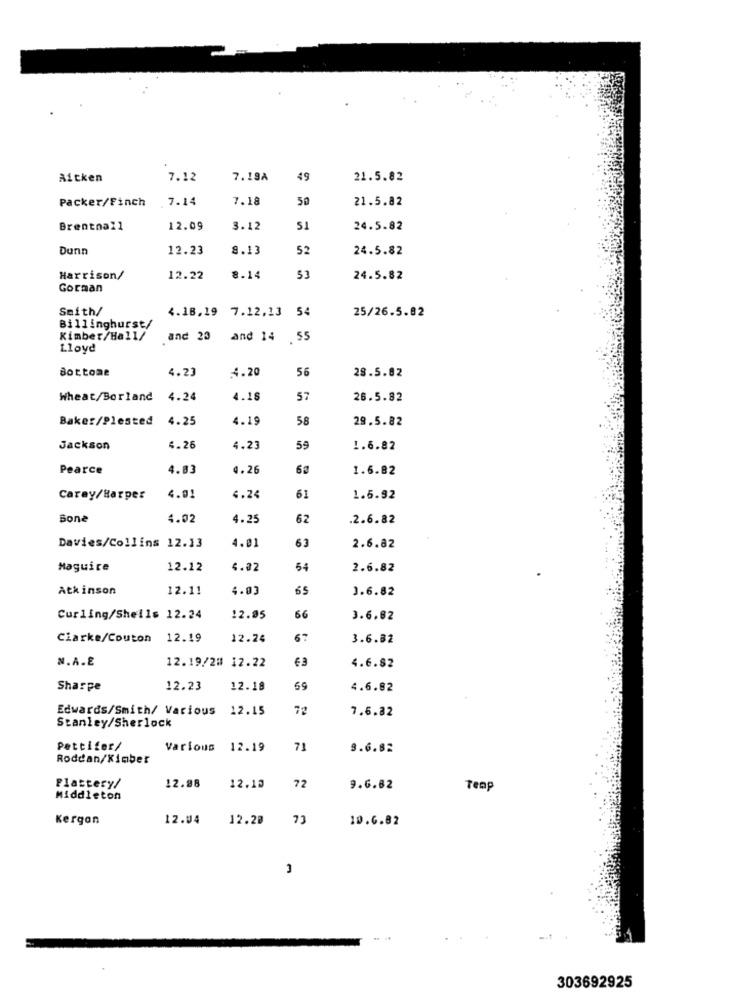
Aitken
7.12
7.19A
49
21.5.82
Packer/Finch
7.14
7.18
30
21.5.82
Brentnall
12.09
3.12
51
24.5.82
Dunn
12.23
8.13
52
24.5.82
Harrison/
12.22
8.14
53
24.5.82
Gorman
Smith/
4.18,19 7.12,13 54
25/26.5.82
Billinghurst/
Kimber/Hall/
and 23
and 14 .55
Lloyd
Bottone
4.23
4.20
56
28.5.82
Wheat/Borland
4.24
4.18
57
26.5.82
Baker/Plested
4.25
4.19
58
29.5.82
Jackson
4.26
4.23
59
1.6.82
Pearce
4.03
4.26
1.6.82
Carey/Harper
4.01
4.24
61
1.6.92
Bone
4.02
4.25
62
.2.6.82
63
Davies/Collins 12.13
4.01
2.6.82
Maguire
12.12
4.32
54
2.6.82
Atkinson
12.11
4.03
65
1.6.82
Curling/Shells 12.24
12.05
66
3.6.82
Clarke/Couton
12.19
12.24
67
3.6.82
N.A.E
€ 3
12.19/2# 12.22
4.6.82
Sharpe
12.23
12.18
59
4.6.82
Edwards/Smith/ Various
12.15
7ª
7.6.82
Stanley/Sherlock
Pettifer/
Various
12.19
71
9.6.82
Roddan/Kimber
12.98
Plastery/
12.19
72
9.6.82
Teap
Middleton
Kergan
12.04
12.20
73
10.6.82
3
303692925